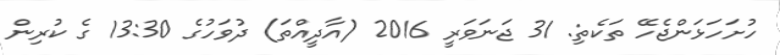
ހުށަހަޅަންޖެހޭ ތަކެތި: 31 ޖަނަވަރީ 2016 (އާދީއްތަ) ދުވަހުގެ 13:30 ގެ ކުރިން